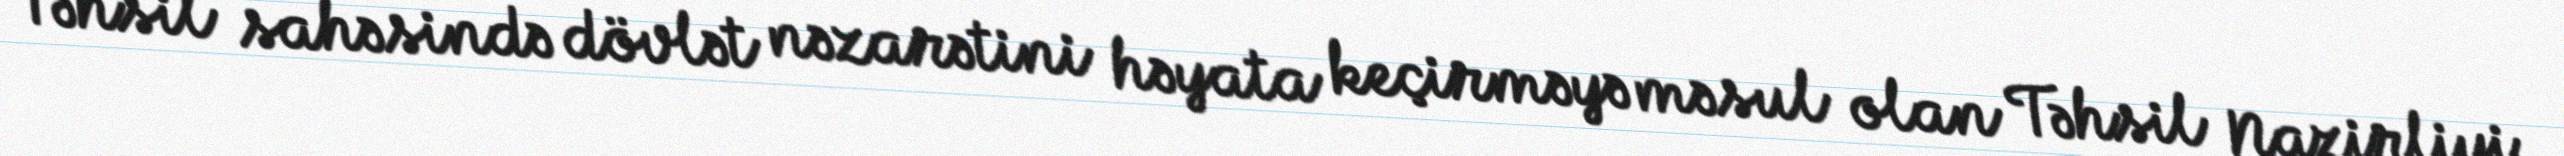
Təhsil sahəsində dövlət nəzarətini həyata keçirməyə məsul olan Təhsil Nazirliyi